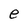
Character: e